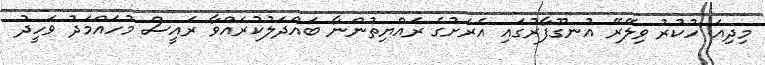
މިދިއަ ހުކުރު ވިލޭރޭ އުނގޫފާރުގައި އެރަށުގެ ރައްޔިތުންނާ ބައްދަލުކުރައްވާ ރައީސް މުހައްމަދު ވަހީދު